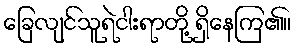
ခြေလျင်သူရဲငါးရာတို့ ရှိနေကြ၏။